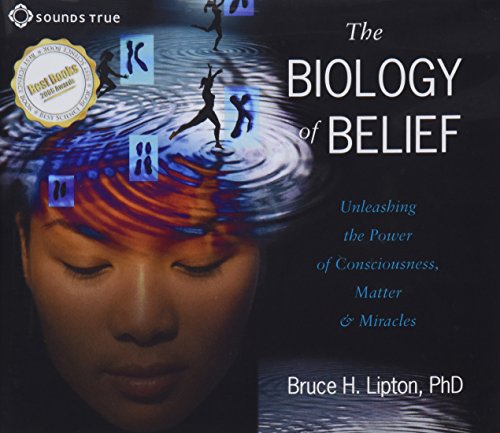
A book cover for The Biology of Belief: Unleashing the Power of Consciousness, Matter and Miracles; Bruce H. Lipton; Science & Math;